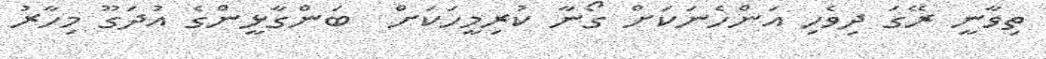
ތިވާނީ ރޭގަ ދިވެހި އަންހެނަކަށް ގޯނާ ކުރިމީހަކަށް  ބަންގާޅީންގެ އުދަގޫ މިހާރު